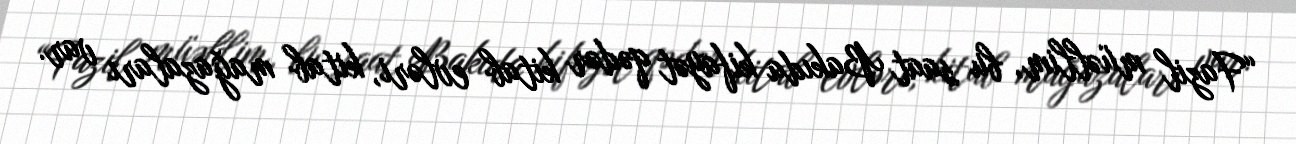
“Fazil müəllim, bu saat Bakıda kifayət qədər kitab evləri, kitab mağazaları var.